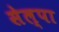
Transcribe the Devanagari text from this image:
सेल्पा